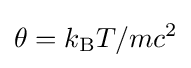
\theta =k_{\text{B}}T/mc^{2}